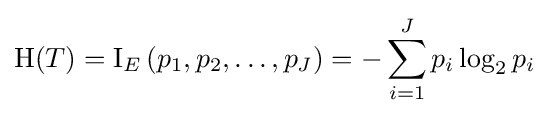
\mathrm {H} (T)=\operatorname {I} _{E}\left(p_{1},p_{2},\ldots ,p_{J}\right)=-\sum _{i=1}^{J}p_{i}\log _{2}p_{i}